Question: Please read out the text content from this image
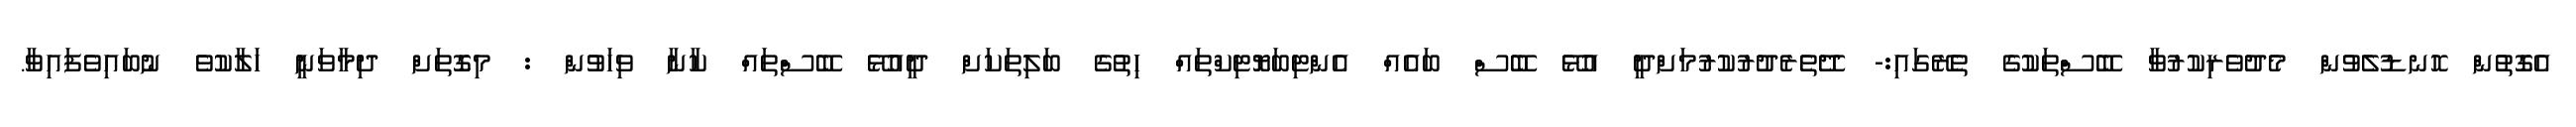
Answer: އެގޮތުން ހޮނޑުލެވުން މެދުވެރިކުރުވާ ބޭސްތަކުގެ ތެރޭގައި:- ދޭތެރެދުރުކުރުމަށްދީ އުޅޭ ބޭސް ބައެއް އެންޓިބަޔޮޓިކްތައް ހިތުގެ ބަލިތަކަށް ދީއުޅޭ ބޭސްތައް ކާނާ ވިހަވުން : މިގޮތަށް ދިމާވަނީ ހަލާކުވެ ނުބައިވެފައިވާ.